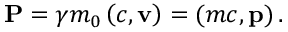
\mathbf { P } = \gamma m _ { 0 } \left( c , \mathbf { v } \right) = ( m c , \mathbf { p } ) \, .